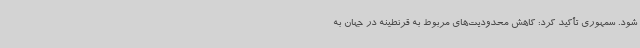
شود. سمهوری تأکید کرد: کاهش محدودیت‌های مربوط به قرنطینه در جهان به